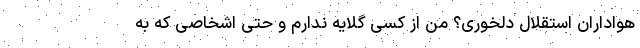
هواداران استقلال دلخوری؟ من از کسی گلایه ندارم و حتی اشخاصی که به